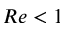
R e < 1